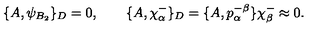
\{ A , \psi _ { B _ { 2 } } \} _ { D } = 0 , \qquad \{ A , \chi _ { \alpha } ^ { - } \} _ { D } = \{ A , p _ { \alpha } ^ { - } { } ^ { \beta } \} \chi _ { \beta } ^ { - } \approx 0 .